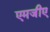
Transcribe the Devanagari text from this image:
एमजीए